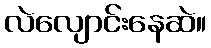
လဲလျောင်းနေဆဲ။